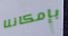
بإمكاننا